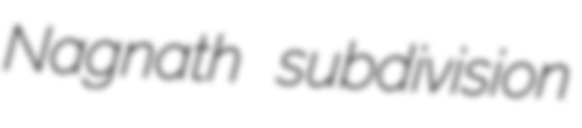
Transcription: Nagnath subdivision